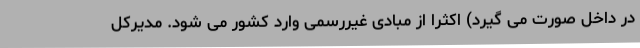
در داخل صورت می گیرد) اکثرا از مبادی غیررسمی وارد کشور می شود. مدیرکل